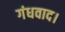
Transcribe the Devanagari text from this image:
गंधवाद।